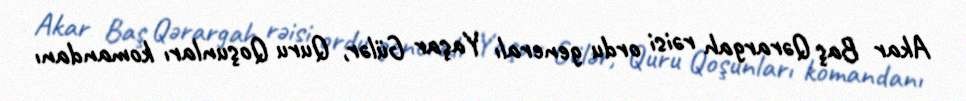
Akar Baş Qərargah rəisi ordu generalı Yaşar Gülər, Quru Qoşunları komandanı